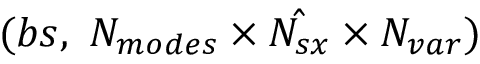
( b s , \ N _ { m o d e s } \times \hat { N _ { s x } } \times N _ { v a r } )